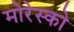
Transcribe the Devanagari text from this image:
मोरेस्को